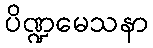
ပိဏ္ဍမေသနာ